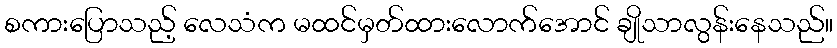
စကားပြောသည့် လေသံက မထင်မှတ်ထားလောက်အောင် ချိုသာလွန်းနေသည်။